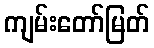
ကျမ်းတော်မြတ်